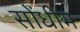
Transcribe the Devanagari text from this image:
सोंधीम